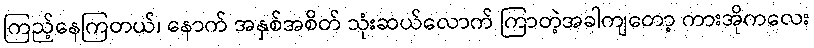
ကြည့်နေကြတယ်၊ နောက် အနှစ်အစိတ် သုံးဆယ်လောက် ကြာတဲ့အခါကျတော့ ကားအိုကလေး